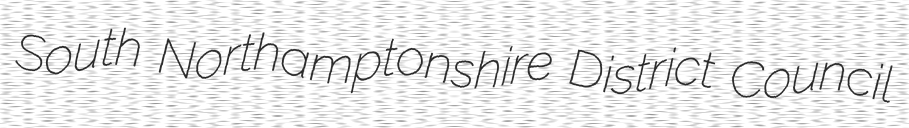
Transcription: South Northamptonshire District Council